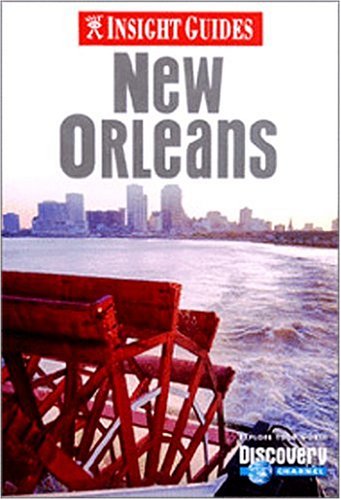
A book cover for New Orleans (Insight Guide New Orleans); American Map Corporation; Travel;